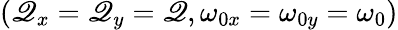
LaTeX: (\mathscr{Q}_{x}=\mathscr{Q}_{y}=\mathscr{Q},\omega_{0x}=\omega_{0y}=\omega_{0})